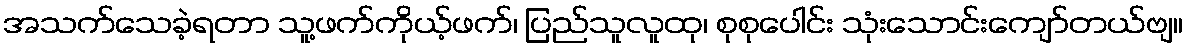
အသက်သေခဲ့ရတာ သူ့ဖက်ကိုယ့်ဖက်၊ ပြည်သူလူထု၊ စုစုပေါင်း သုံးသောင်းကျော်တယ်ဗျ။